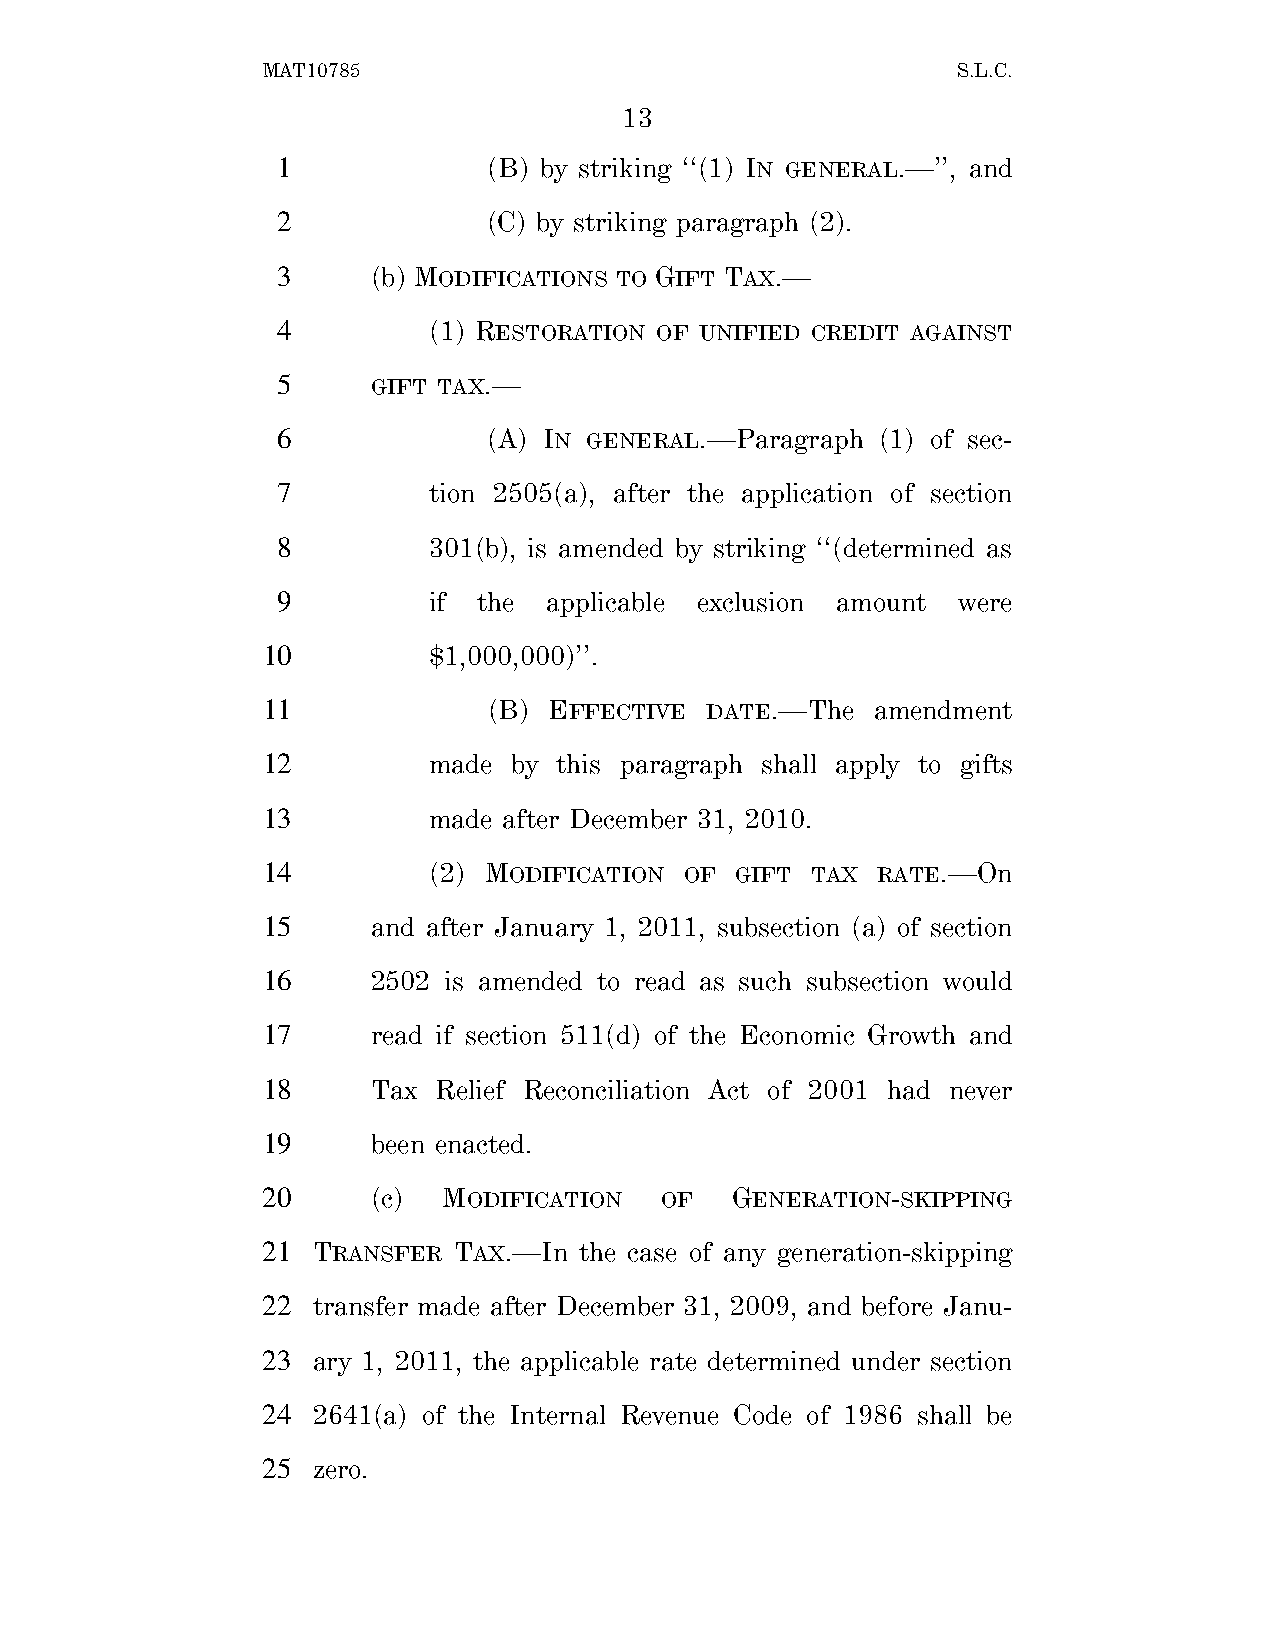
MAT10785                                      S.L.C.
 13
 1             (B) by striking ‘‘(1) IN GENERAL.—’’, and
 2             (C) by striking paragraph (2).
 3      (b) MODIFICATIONS TO GIFT TAX.—
 4         (1) RESTORATION OF UNIFIED CREDIT AGAINST
 5      GIFT TAX.—
 6             (A) IN GENERAL.—Paragraph (1) of sec-
 7         tion 2505(a), after the application of section
 8         301(b), is amended by striking ‘‘(determined as
 9         if  the applicable exclusion amount were
 10         $1,000,000)’’.
 11             (B) EFFECTIVE  DATE.—The  amendment
 12         made  by this paragraph shall apply to gifts
 13         made after December 31, 2010.
 14         (2) MODIFICATION OF  GIFT TAX RATE.—On
 15      and after January 1, 2011, subsection (a) of section
 16      2502 is amended to read as such subsection would
 17      read if section 511(d) of the Economic Growth and
 18      Tax Relief Reconciliation Act of 2001 had never
 19      been enacted.
 20      (c) MODIFICATION   OF  GENERATION-SKIPPING
 21  TRANSFER TAX.—In the case of any generation-skipping
 22  transfer made after December 31, 2009, and before Janu-
 23  ary 1, 2011, the applicable rate determined under section
 24  2641(a) of the Internal Revenue Code of 1986 shall be
 25  zero.